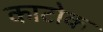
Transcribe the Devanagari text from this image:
काटोक